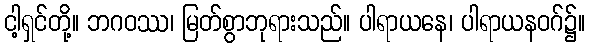
ငါ့ရှင်တို့။ ဘဂဝဿ၊ မြတ်စွာဘုရားသည်။ ပါရာယနေ၊ ပါရာယနဝဂ်၌။